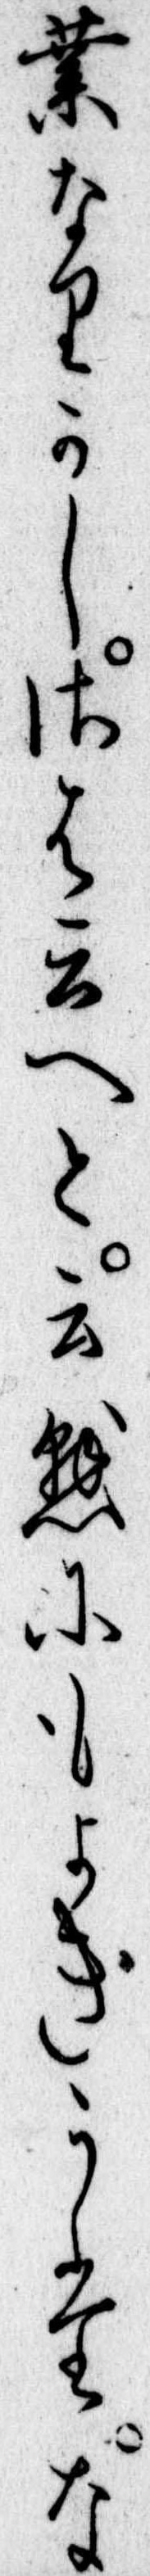
業なりかしさは云へと云懸にもよきうたな